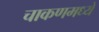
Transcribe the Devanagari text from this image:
चाकणमध्ये